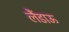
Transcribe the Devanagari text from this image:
लैंडाऊ